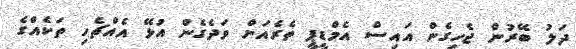
ދަލު ބޭރުން ޖެހިގެން އައިސް އެމްޑީޕީ ތެރެއަށް ވަދެގެން އުޅޭ އެއްޗެހި ތަކެއްގެ